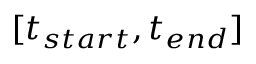
[ t _ { s t a r t } , t _ { e n d } ]